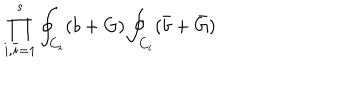
LaTeX: \prod _ { i , { \bar { i } } = 1 } ^ { s } \oint _ { C _ { i } } ( b + G ) \oint _ { C _ { i } } ( { \bar { b } } + { \bar { G } } )